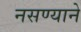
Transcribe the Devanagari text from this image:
नसण्याने